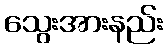
သွေးအားနည်း